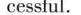
cessful.